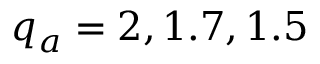
q _ { a } = 2 , 1 . 7 , 1 . 5